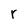
Character: r